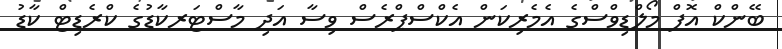
ބޭންކް އޮފް މޯލްޑިވްސްގެ އެމެރިކަން އެކްސްޕްރެސް ވިސާ އަދި މާސްޓަރކާޑުގެ ކްރެޑިޓް ކާޑު